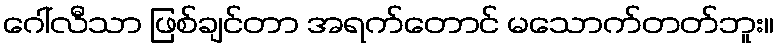
ဂေါ်လီသာ ဖြစ်ချင်တာ အရက်တောင် မသောက်တတ်ဘူး။